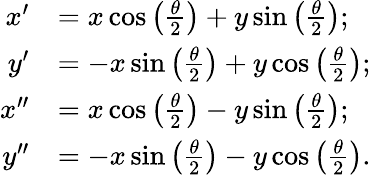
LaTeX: \begin{array}{rl}{x^{\prime}}&{=x\cos\left(\frac{\theta}{2}\right)+y\sin\left(\frac{\theta}{2}\right);}\\ {y^{\prime}}&{=-x\sin\left(\frac{\theta}{2}\right)+y\cos\left(\frac{\theta}{2}\right);}\\ {x^{\prime\prime}}&{=x\cos\left(\frac{\theta}{2}\right)-y\sin\left(\frac{\theta}{2}\right);}\\ {y^{\prime\prime}}&{=-x\sin\left(\frac{\theta}{2}\right)-y\cos\left(\frac{\theta}{2}\right).}\end{array}